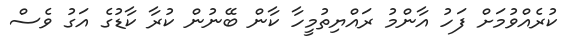
ކުރެއްވުމަށް ފަހު އާންމު ރައްޔިތުމީހާ ކާން ބޭނުން ކުރާ ކާޑުގެ އަގު ވެސް